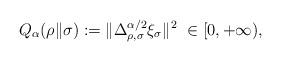
LaTeX: \begin{align*}Q_\alpha(\rho\|\sigma):=\|\Delta_{\rho,\sigma}^{\alpha/2}\xi_\sigma\|^2\ \in[0,+\infty),\end{align*}